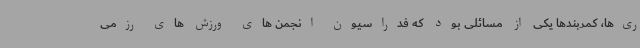
ری‌ها، کمربندها یکی از مسائلی بود که فدراسیون انجمن های ورزش های رزمی